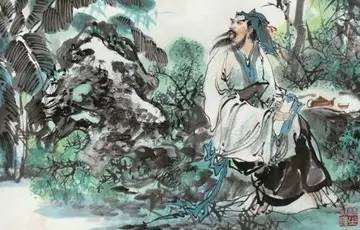
布被秋宵梦觉，眼前万里江山。